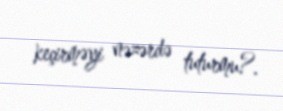
keçirməyi nəzərdə tuturmu?.